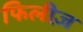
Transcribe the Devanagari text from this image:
फिलीज़